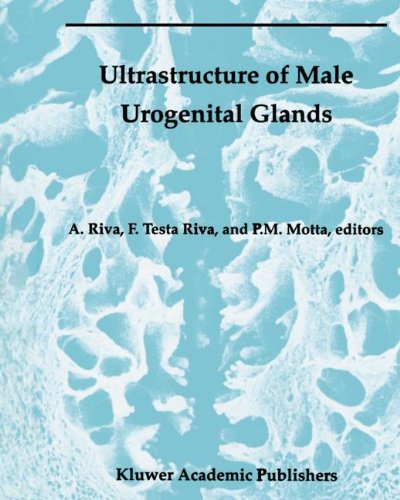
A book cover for Ultrastructure of Male Urogenital Glands: Prostate, Seminal Vesicles, Urethral, and Bulbourethral Glands (Electron Microscopy in Biology and Medicine); Medical Books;